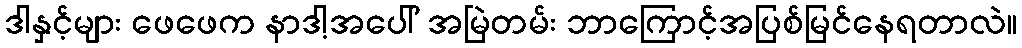
ဒါနှင့်များ ဖေဖေက နာဒါ့အပေါ် အမြဲတမ်း ဘာကြောင့်အပြစ်မြင်နေရတာလဲ။